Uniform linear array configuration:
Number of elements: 32
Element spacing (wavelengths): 0.5
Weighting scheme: hamming
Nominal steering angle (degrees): -15
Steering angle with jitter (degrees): -16.705
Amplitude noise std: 0.05
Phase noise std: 0.05

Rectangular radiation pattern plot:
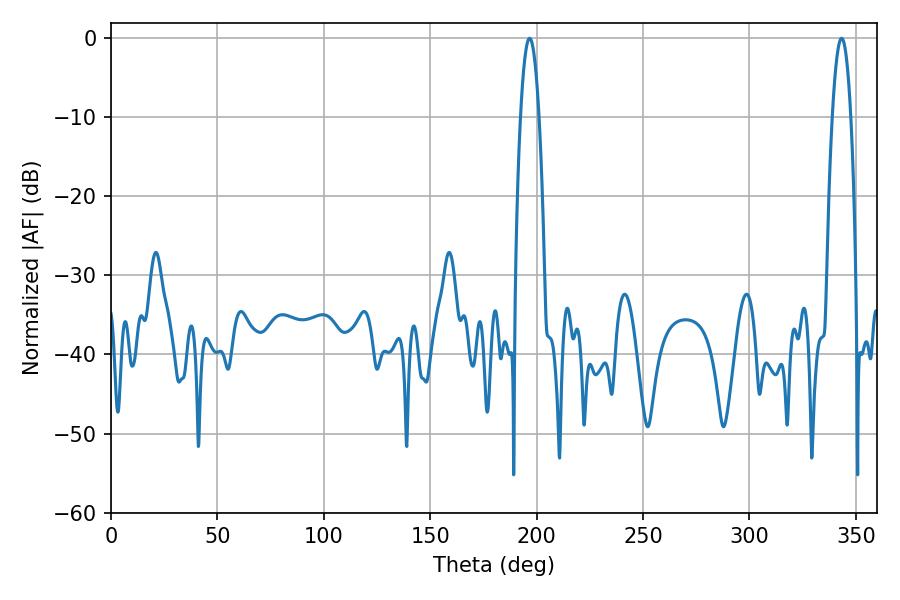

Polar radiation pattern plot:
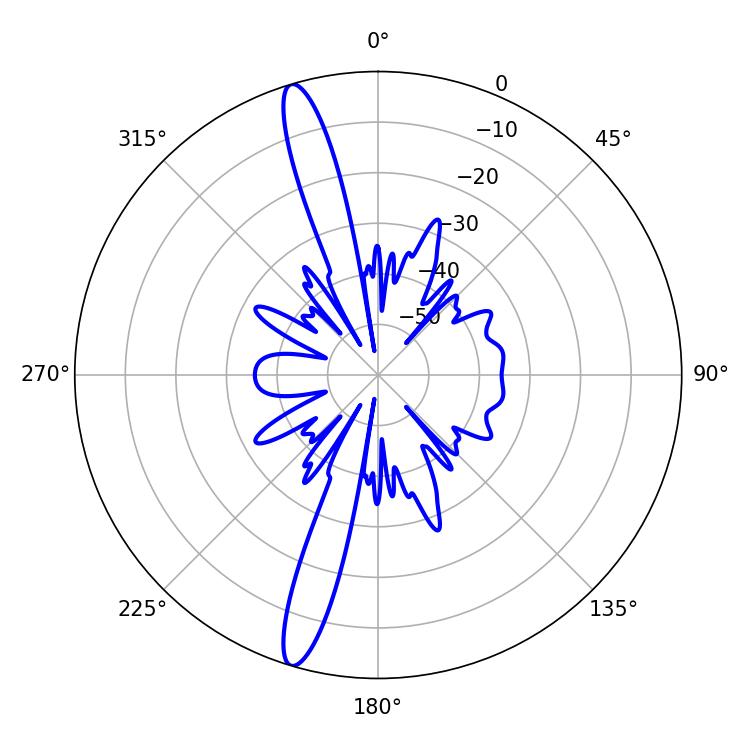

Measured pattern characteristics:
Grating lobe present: FALSE
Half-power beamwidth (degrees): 4.68
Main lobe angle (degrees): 196.74